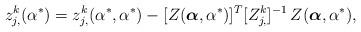
LaTeX: \begin{align*} z^k_{j,}(\alpha^*) = z^k_{j,}(\alpha^*, \alpha^*) - [Z(\boldsymbol{\alpha}, \alpha^*)]^T [Z_{j, }^k]^{-1}\, Z(\boldsymbol{\alpha}, \alpha^*),\end{align*}